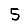
Digit: 5